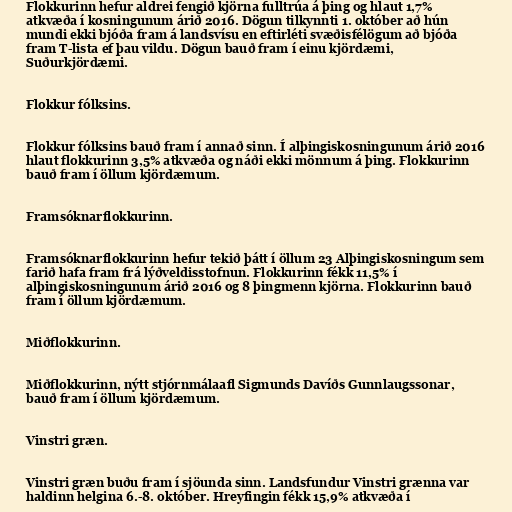
Flokkurinn hefur aldrei fengið kjörna fulltrúa á þing og hlaut 1,7%
atkvæða í kosningunum árið 2016. Dögun tilkynnti 1. október að hún
mundi ekki bjóða fram á landsvísu en eftirléti svæðisfélögum að bjóða
fram T-lista ef þau vildu. Dögun bauð fram í einu kjördæmi,
Suðurkjördæmi.

Flokkur fólksins.

Flokkur fólksins bauð fram í annað sinn. Í alþingiskosningunum árið 2016
hlaut flokkurinn 3,5% atkvæða og náði ekki mönnum á þing. Flokkurinn
bauð fram í öllum kjördæmum.

Framsóknarflokkurinn.

Framsóknarflokkurinn hefur tekið þátt í öllum 23 Alþingiskosningum sem
farið hafa fram frá lýðveldisstofnun. Flokkurinn fékk 11,5% í
alþingiskosningunum árið 2016 og 8 þingmenn kjörna. Flokkurinn bauð
fram í öllum kjördæmum.

Miðflokkurinn.

Miðflokkurinn, nýtt stjórnmálaafl Sigmunds Davíðs Gunnlaugssonar,
bauð fram í öllum kjördæmum.

Vinstri græn.

Vinstri græn buðu fram í sjöunda sinn. Landsfundur Vinstri grænna var
haldinn helgina 6.-8. október. Hreyfingin fékk 15,9% atkvæða í